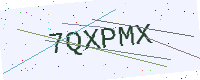
Text: 7QXPMX